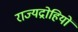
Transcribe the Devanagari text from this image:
राज्यद्रोहियों